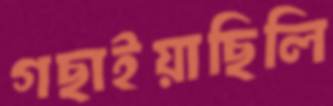
গছাইয়াছিলি